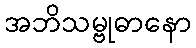
အဘိသမ္ဗုဓာနော